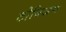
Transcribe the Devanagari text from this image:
टोबिअस